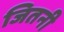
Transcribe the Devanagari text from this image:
जितनी